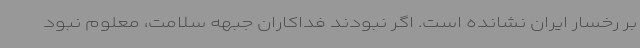
بر رخسار ایران نشانده است. اگر نبودند فداکاران جبهه سلامت، معلوم نبود